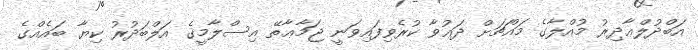
އަބްދުލްޢާދިރު މުއްލާގެ މައްޗަށް ދަޢުވާ ކުރެވިފައިވަނީ ޖަމާޢާތޭ އިސްލާމީގެ އަލްބަދުރު ކިޔާ ބައެއްގެ